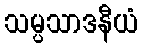
သမ္ပသာဒနီယံ